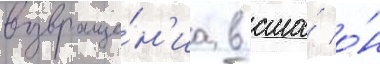
возвраще́н'иа в сша́ о́н